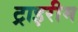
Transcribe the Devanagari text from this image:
ट्राइरीम